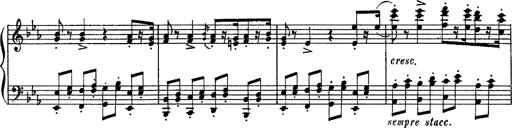
Title: Fantaisie sur des motifs favoris de l'opÃ©ra 'La sonnambula'
Composer: Franz Liszt